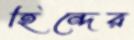
হিন্দের